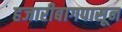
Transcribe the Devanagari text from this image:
हजारीबागपासून